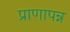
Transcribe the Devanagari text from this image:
प्राणापन्न